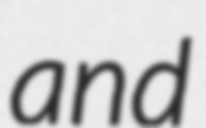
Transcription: and